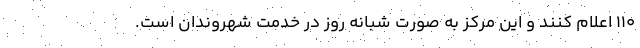
۱۱۰ اعلام کنند و این مرکز به صورت شبانه روز در خدمت شهروندان است.